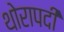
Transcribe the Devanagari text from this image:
थोरापदी